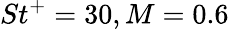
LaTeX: St^{+}=30,M=0.6